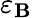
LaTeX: \varepsilon_{\mathbf{B}}